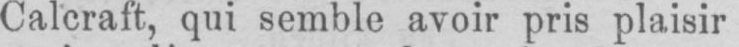
Calcraft, qui semble avoir pris plaisir